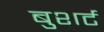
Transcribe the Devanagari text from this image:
बुशर्ट